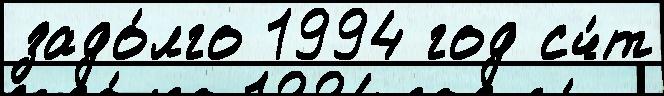
задо́лго 1994 год сч́т